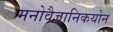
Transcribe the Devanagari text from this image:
मनोवैज्ञानिकयोन